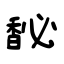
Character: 馝